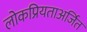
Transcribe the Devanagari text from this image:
लोकप्रियताअर्जित